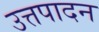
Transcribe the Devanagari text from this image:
उत्तपादन